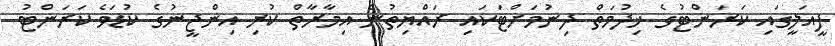
ފީއަލީގައި ކަރަންޓުގެ ޚިދުމަތް ދިނުމަށްޓަކައި ރައްޔިތުން އިމާރާތް ކުރި އިންޖީނުގެ ކުޑަވެ ކަރަންޓު